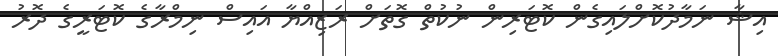
އިޝާ ނަމާދުކޮށްލައިގެން ކޮޓަރިން ނުކުތް ގޮތަށް ރަޒިއްޔާ އައިސް ނިމްރާގެ ކޮޓަރީގެ ދޮރު